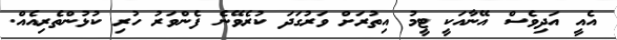
އެއީ އަދިވެސް އޭނާއަކީ ޓީމު އިތުރަށް ވަރުގަދަ ކުރެވޭނެ ފެންވަރު ހުރި ކުޅުންތެރިއެއް.